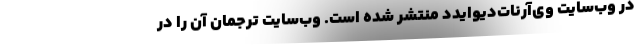
در وب‌سایت وی‌آر‌نات‌دیوایدد منتشر شده است. وب‌سایت ترجمان آن را در